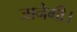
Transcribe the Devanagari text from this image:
जानेगी।